Tezpur Lunatic Asylum reports 1877-1894 - 1877-1894
Year: 1877
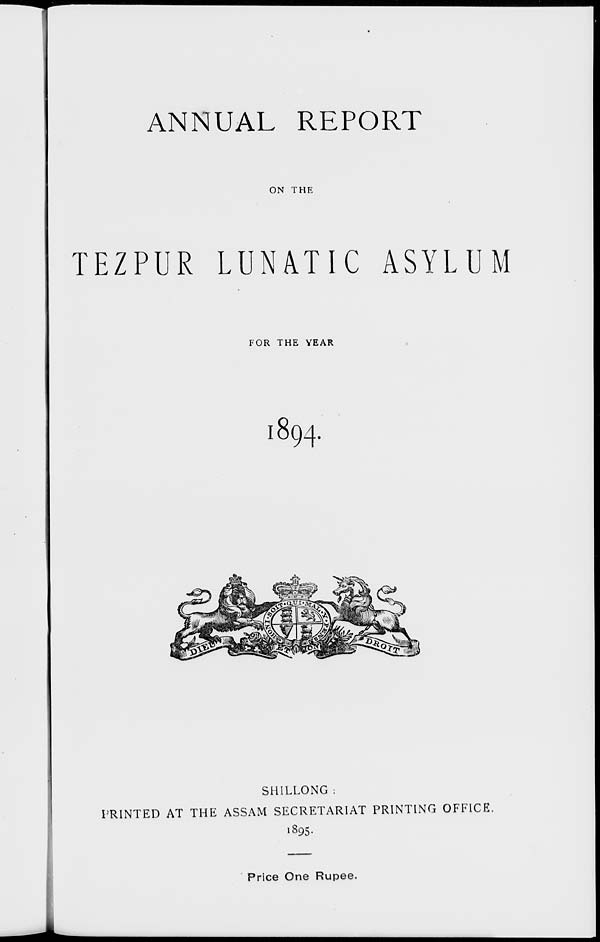
ANNUAL REPORT
ON THE
TEZPUR LUMTIC ASYLUM
FOR THE YEAR
I894.
SHILLONG :
PRINTED AT THE ASSAM SECRETARIAT PRINTING OFFICE.
1895.
Price One Rupee.